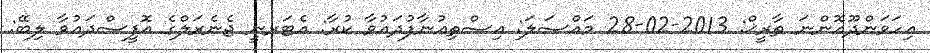
އިހަވަންދޫއޮންނަ ތާރީޚް: 2013-02-28 މައްސަލަ: އިސްތިޢުނާފުދައުވާ ކުރާ: އެޓަރނީ ޖެނެރަލްގެ އޮފީސްދައުވާ ލިބޭ: